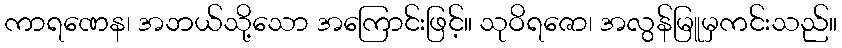
ကာရဏေန၊ အဘယ်သို့သော အကြောင်းဖြင့်။ သုဝိရဇော၊ အလွန်မြူမှကင်းသည်။